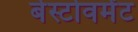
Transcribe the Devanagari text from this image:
बेस्टोवमेंट